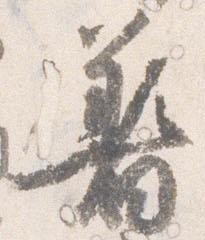
着